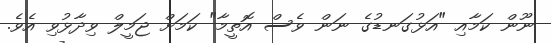
ނޫން ކަމާއި "އަޅުގަނޑުގެ ނަން ވެސް އޮތީމާ" ކަމަށް ޖަމީލް ވިދާޅުވި އެވެ.